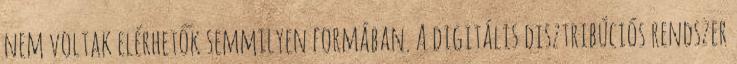
nem voltak elérhetők semmilyen formában. A digitális disztribúciós rendszer